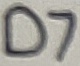
Text: D7